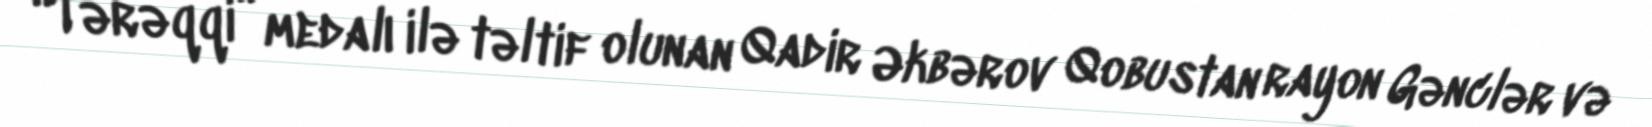
“Tərəqqi” medalı ilə təltif olunan Qadir Əkbərov Qobustan rayon Gənclər və